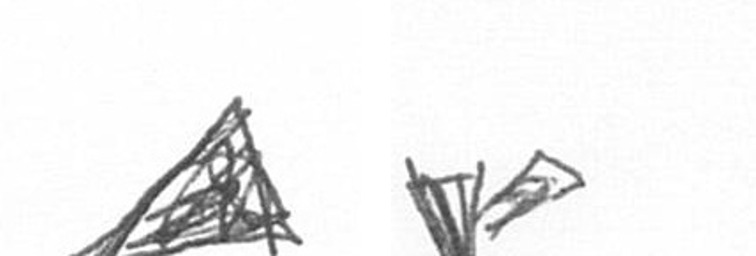
O F